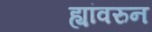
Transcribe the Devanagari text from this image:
ह्यांवरुन